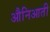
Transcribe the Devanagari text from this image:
औनिआती